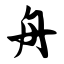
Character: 舟